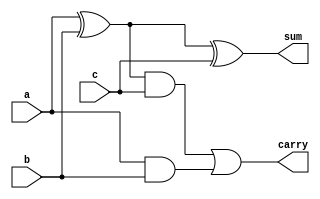
`timescale 1ns / 1ps
//////////////////////////////////////////////////////////////////////////////////
// Company: 
// Engineer: 
// 
// Design Name: 
// Module Name: Full_adder
// Project Name: 
// Target Devices: 
// Tool Versions: 
// Description: 
// 
// Dependencies: 
// 
// Revision:
// Revision 0.01 - File Created
// Additional Comments:
// 
//////////////////////////////////////////////////////////////////////////////////


module FA_dataflow(
    input a,
    input b,
    input c,
    output sum,
    output carry
    );
    assign sum=(a^b)^c;
    assign carry=(a^b)&c | a&b;
endmodule